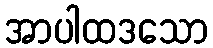
အာပါထဒသော